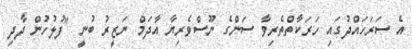
އެ ސަރަހައްދުގައި ހަރަކާތްތެރިވާ ސަންގެ ނޫސްވެރިޔާ އާދަމް ނަޒީރު ބުނީ "ފުލުހުން ދާދި